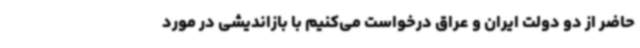
حاضر از دو دولت ایران و عراق درخواست می‌کنیم با بازاندیشی در مورد